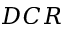
D C R